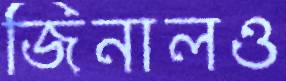
জিনালও